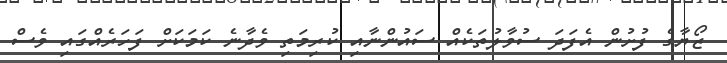
ޒޯޔާގެ ފުށުން އެފަދަ ސުވާލުތަކެއް ސައުންނާއި ކުރިމަތި ވެދާނެ ކަމަކަށް ފަހަރެއްގައި ވެސް